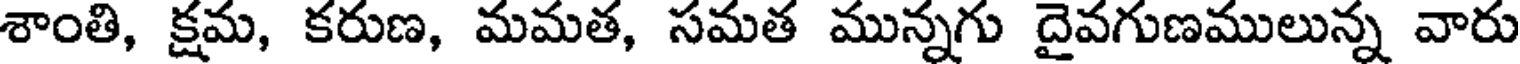
శాంతి, క్షమ, కరుణ, మమత, సమత మున్నగు దైవగుణములున్న వారు